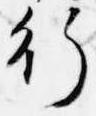
行